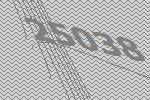
25038